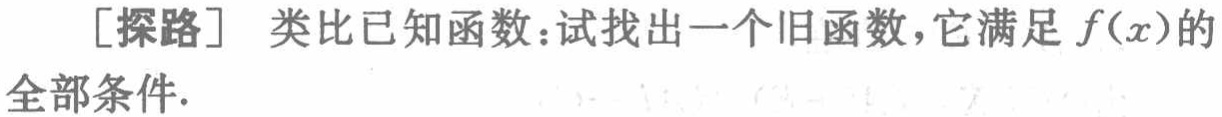
[探路] 类比已知函数：试找出一个旧函数，它满足 \(f(x)\) 的全部条件.